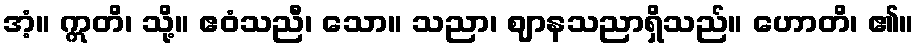
အံ့။ ဣတိ၊ သို့။ ဧဝံသညီ၊ သော။ သညာ၊ ဈာနသညာရှိသည်။ ဟောတိ၊ ၏။